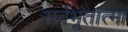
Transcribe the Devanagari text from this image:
सर्वभूतात्मा